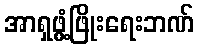
အာရှဖွံ့ဖြိုးရေးဘဏ်